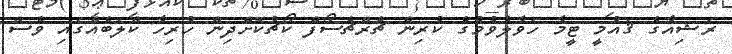
ރަޝިއާގެ ޤައުމީ ޓީމާ ހަވާލުވުމުގެ ކުރިން ޗެރްޗެސޯފް ކޯޗުކޮށްދިން ހުރިހާ ކްލަބެއްގައި ވެސް